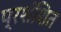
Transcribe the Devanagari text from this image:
प्रशंशित